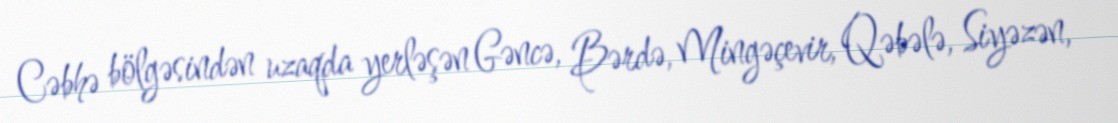
Cəbhə bölgəsindən uzaqda yerləşən Gəncə, Bərdə, Mingəçevir, Qəbələ, Siyəzən,